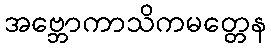
အဗ္ဘောကာသိကမတ္တေန